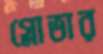
গ্লোভার